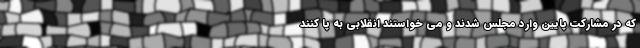
که در مشارکت پایین وارد مجلس شدند و می خواستند انقلابی به پا کنند